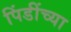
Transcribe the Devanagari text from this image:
पिंडींच्या